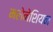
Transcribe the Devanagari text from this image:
मलेनेशियन